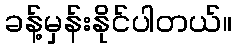
ခန့်မှန်းနိုင်ပါတယ်။